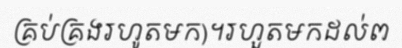
គ្រប់គ្រងរហូតមក)។រហួតមកដល់ព